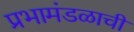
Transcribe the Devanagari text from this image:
प्रभामंडळाची